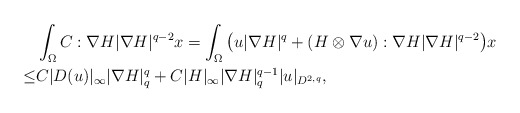
\begin{align*}&\int_{\Omega} C: \nabla H|\nabla H|^{q-2} x=\int_{\Omega} \big(u|\nabla H|^q+(H\otimes \nabla u) :\nabla H|\nabla H|^{q-2}\big) x\\\leq& C|D(u)|_\infty |\nabla H|^q_q+C|H|_\infty|\nabla H|^{q-1}_q |u|_{D^{2,q}},\end{align*}